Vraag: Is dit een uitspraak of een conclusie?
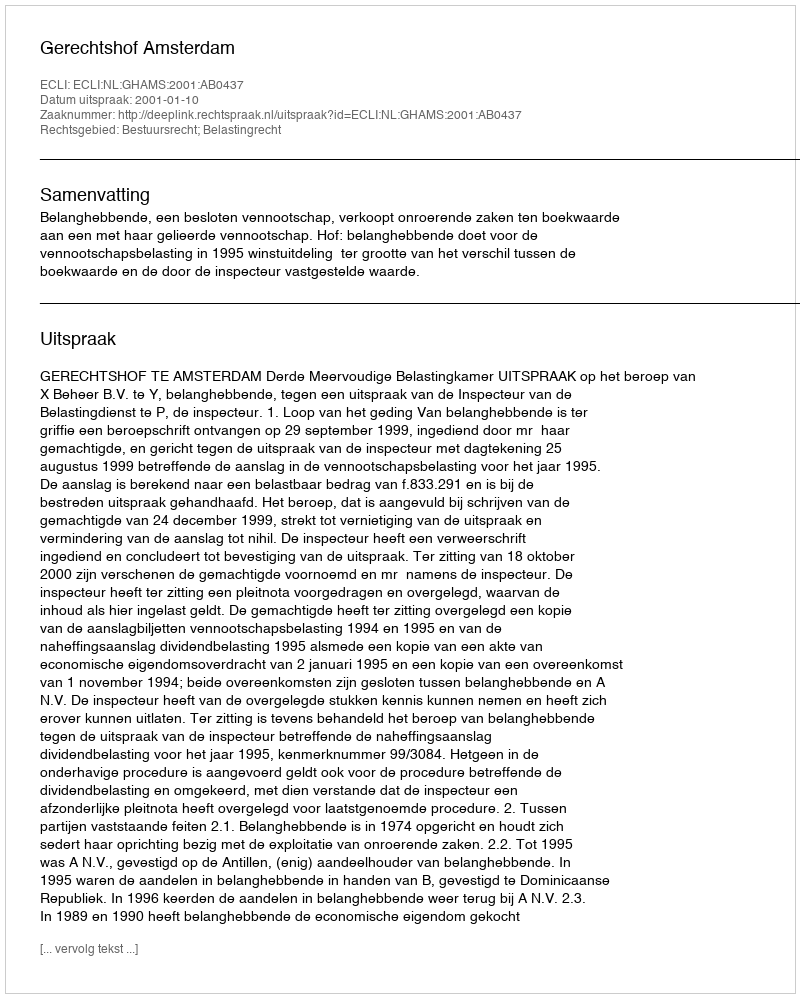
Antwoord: Uitspraak